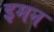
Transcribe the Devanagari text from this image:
इमन